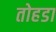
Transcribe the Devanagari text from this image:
तोहडा